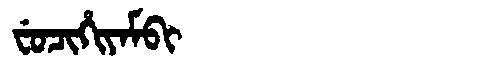
Manchu: ᠸᡠᠴᡳᡥᡳᠶᠠᠮᠪᡳ
Romanization: FUCIHIYAMBI